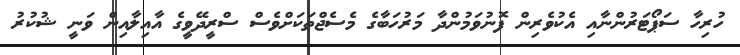
ހުރިހާ ސަޕޯޓަރުންނާއި އެކުވެރިން ފޮނުވަމުންދާ މަރުހަބާގެ މެސެޖްތަކަށްވެސް ސްރީދޭވީގެ އާއިލާއިން ވަނީ ޝުކުރު